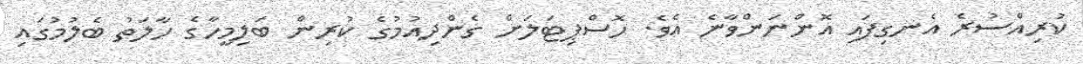
ކުރިއްސުރެ އެނގިފައި އޮންނަންވާނެ އެވެ. ހޮސްޕިޓަލަށް ގެންދިއުމުގެ ކުރިން ބަލިމީހާގެ ހާލަތު ބެލުމުގައި